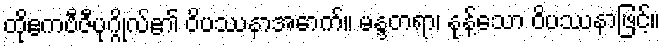
ထိုဧကဗီဇီပုဂ္ဂိုလ်၏ ဝိပဿနာအောက်။ မန္ဒတရာ၊ နုန့်သော ဝိပဿနာဖြင့်။